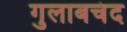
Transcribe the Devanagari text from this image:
गुलाबचंद